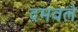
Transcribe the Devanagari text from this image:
दमवले